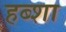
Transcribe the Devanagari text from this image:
हब्शा